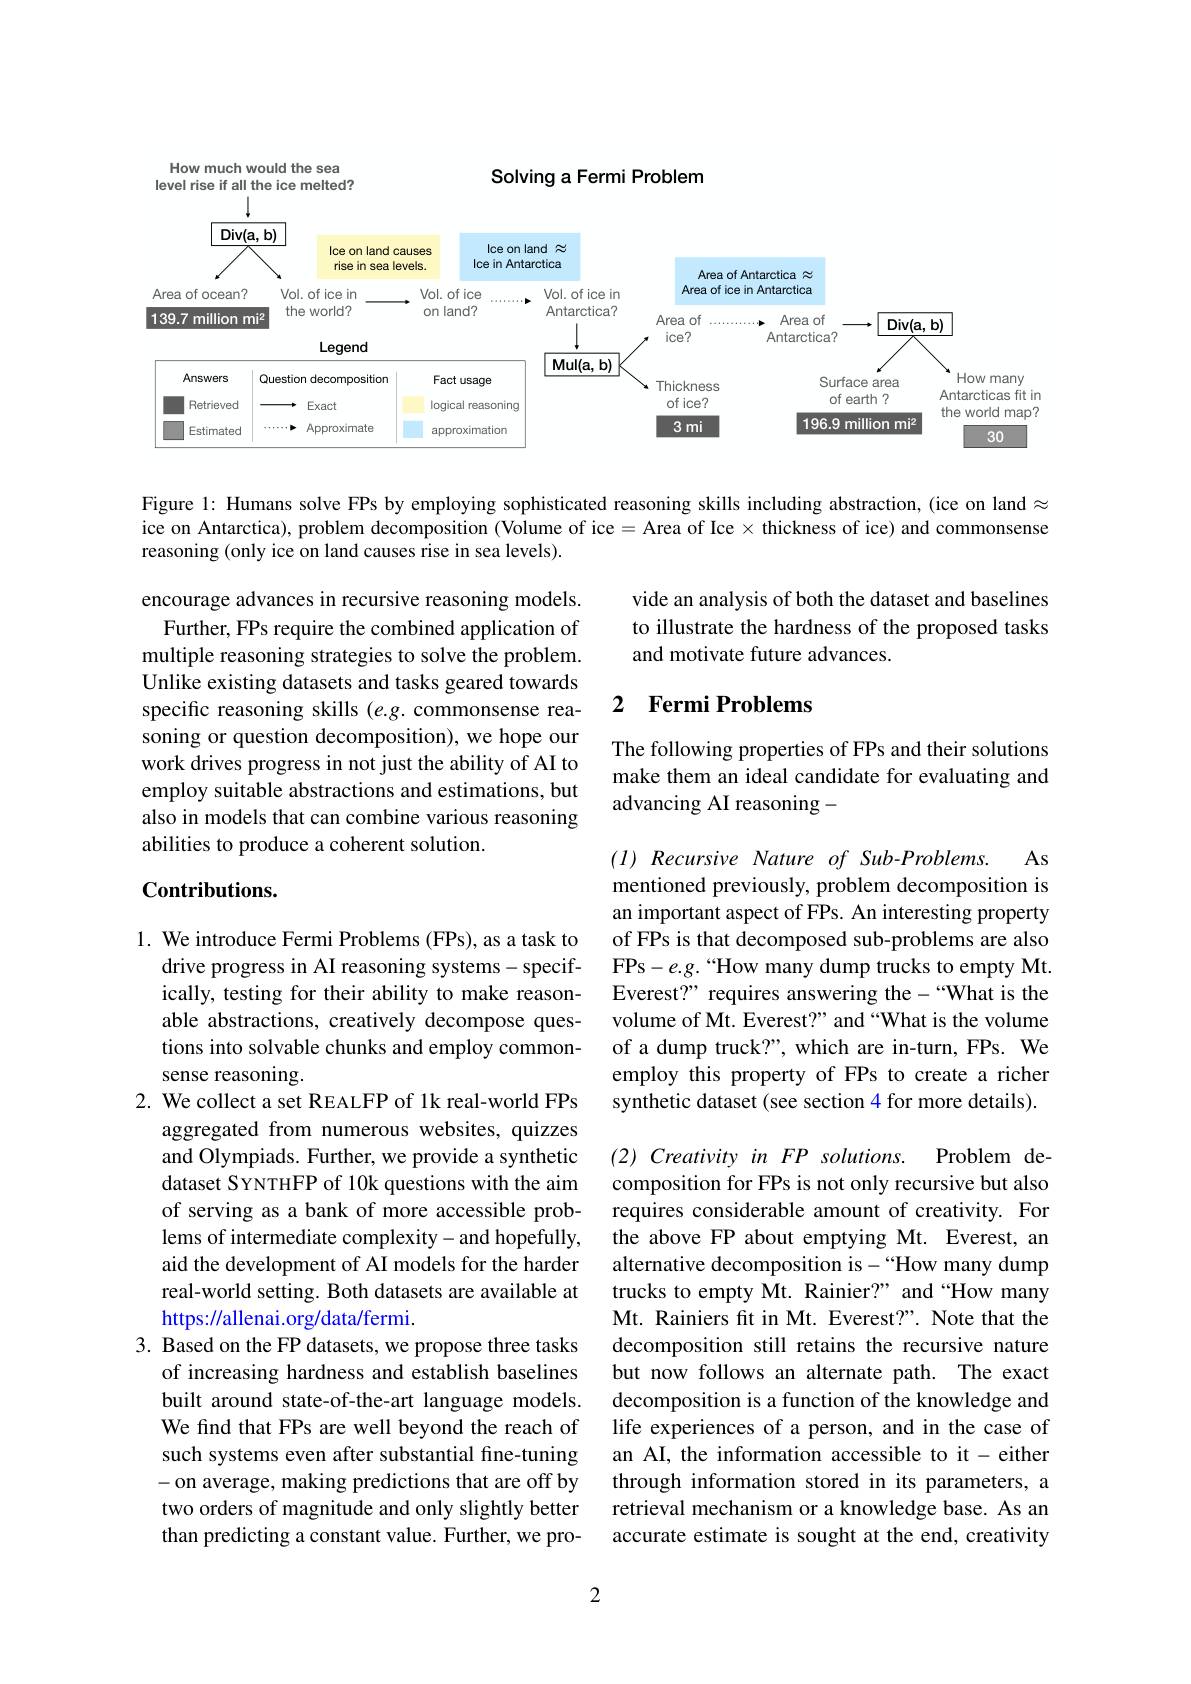
How much would the sea

Solving a Fermi Problem

level rise if all the ice melted?

<FigureHere>

Figure 1: Humans solve FPs by employing sophisticated reasoning skills including abstraction, (ice on land $\approx$ ice on Antarctica), problem decomposition (Volume of ice = Area of Ice $\times$ thickness of ice) and commonsense reasoning (only ice on land causes rise in sea levels).

vide an analysis of both the dataset and baselines to illustrate the hardness of the proposed tasks and motivate future advances.

## 2 $\textbf{Fermi Problems}$

encourage advances in recursive reasoning models.
Further, FPs require the combined application of multiple reasoning strategies to solve the problem. Unlike existing datasets and tasks geared towards specific reasoning skills (e.g. commonsense reasoning or question decomposition), we hope our work drives progress in not just the ability of AI to employ suitable abstractions and estimations, but also in models that can combine various reasoning abilities to produce a coherent solution.

The following properties of FPs and their solutions make them an ideal candidate for evaluating and advancing AI reasoning-

As

# Contributions.

$( I) \textit{Recursive Nature of Sub- Problems. }$
mentioned previously, problem decomposition is an important aspect of FPs. An interesting property of FPs is that decomposed sub-problems are also FPs-e.g.“How many dump trucks to empty Mt. Everest?" requires answering the-“What is the volume of Mt. Everest?" and“What is the volume of a dump truck?", which are in-turn, FPs. We employ this property of FPs to create a richer synthetic dataset (see section 4 for more details).

1. We introduce Fermi Problems (FPs), as a task to
drive progress in AI reasoning systems- specifically, testing for their ability to make reasonable abstractions, creatively decompose questions into solvable chunks and employ commonsense reasoning.

$( 2) \textit{Creativity in FP solutions. }$
composition for FPs is not only recursive but also

2. We collect a set REALFP of 1k real-world FPs
aggregated from numerous websites, quizzes and Olympiads. Further, we provide a synthetic dataset SYNTHFP of 10k questions with the aim of serving as a bank of more accessible problems of intermediate complexity- and hopefully, aid the development of AI models for the harder real-world setting. Both datasets are available at https://allenai.org/data/fermi.
3. Based on the FP datasets, we propose three tasks
of increasing hardness and establish baselines built around state-of-the-art language models. We find that FPs are well beyond the reach of such systems even after substantial fine-tuning - on average, making predictions that are off by two orders of magnitude and only slightly better than predicting a constant value. Further, we pro-

Problem de-
requires considerable amount of creativity. For the above FP about emptying Mt. Everest, an alternative decomposition is-“How many dump trucks to empty Mt. Rainier?" and “How many Mt. Rainiers ft in Mt. Everest?". Note that the decomposition still retains the recursive nature but now follows an alternate path. The exact decomposition is a function of the knowledge and life experiences of a person, and in the case of an AI, the information accessible to it- either through information stored in its parameters, a retrieval mechanism or a knowledge base. As an accurate estimate is sought at the end, creativity

2